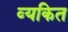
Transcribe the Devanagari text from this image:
व्‍यकित